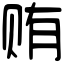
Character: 贿